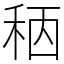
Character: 䄼